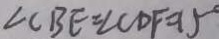
\angle C B E = \angle C D F = 1 5 ^ { \circ }